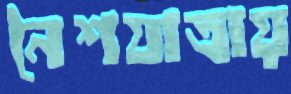
নৈশযাত্রায়